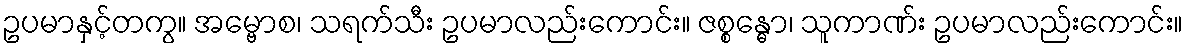
ဥပမာနှင့်တကွ။ အမ္ဗောစ၊ သရက်သီး ဥပမာလည်းကောင်း။ ဇစ္စန္ဓော၊ သူကာဏ်း ဥပမာလည်းကောင်း။